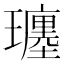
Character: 𤪮